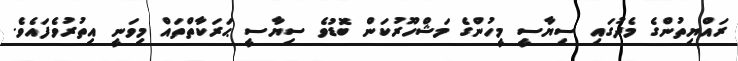
ރައްޔިތުންގެ މެދުގައި ސިޔާސީ މީހުންގެ މަޝްހޫރުކަން ބޮޑުވެ ސިޔާސީ ޙަރަކާތްތައް މިވަނީ އިތުރުވެފައެވެ.